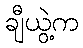
ချီယွဲ့က